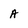
Character: A